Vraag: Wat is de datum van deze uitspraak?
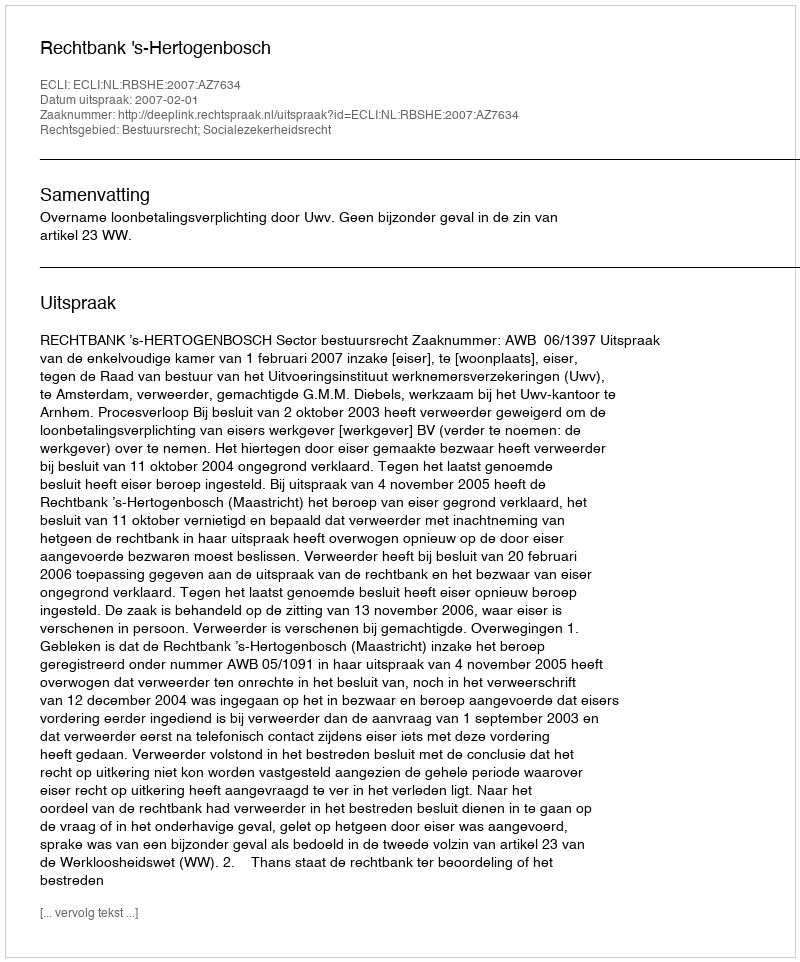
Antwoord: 2007-02-01